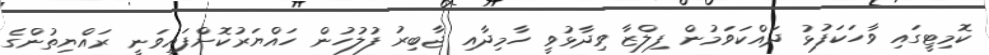
ކޮމިޓީގައި ވާހަކަފުޅު ދައްކަވަމުން ފިލްޒާ ވިދާޅުވީ ހާމިދާއި ޖާބިރު ފުލުހުން ހައްޔަރުކޮށްފައިވަނީ ރައްޔިތުންގެ